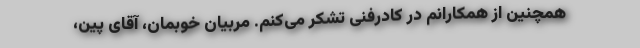
همچنین از همکارانم در کادرفنی تشکر می‌کنم. مربیان خوبمان، آقای پین،